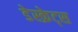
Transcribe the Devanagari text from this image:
डेस्क्रेट्स